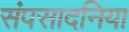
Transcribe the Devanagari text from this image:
संपसादनिया